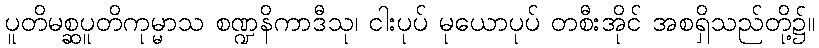
ပူတိမစ္ဆပူတိကုမ္မာသ စဏ္ဍနိကာဒီသု၊ ငါးပုပ် မုယောပုပ် တစီးအိုင် အစရှိသည်တို့၌။